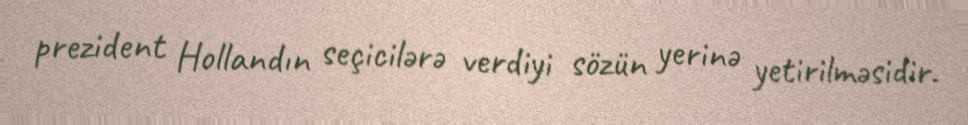
prezident Hollandın seçicilərə verdiyi sözün yerinə yetirilməsidir.